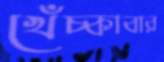
খেঁচ্‌কাবার